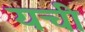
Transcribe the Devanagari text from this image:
यची